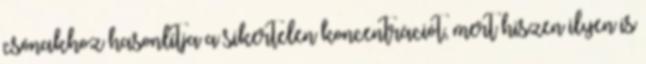
csónakhoz hasonlítja a sikertelen koncentrációt, mert hiszen ilyen is